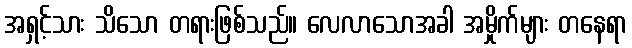
အရှင့်သား သိသော တရားဖြစ်သည်။ လေလာသောအခါ အမှိုက်များ တနေရာ